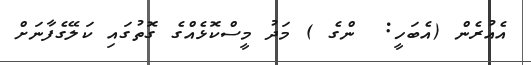
އެއުރެން (އެބަހީ:  ންގެ ) މަދު މީސްކޮޅެއްގެ ގޮތުގައި ކަލޭގެފާނަށް